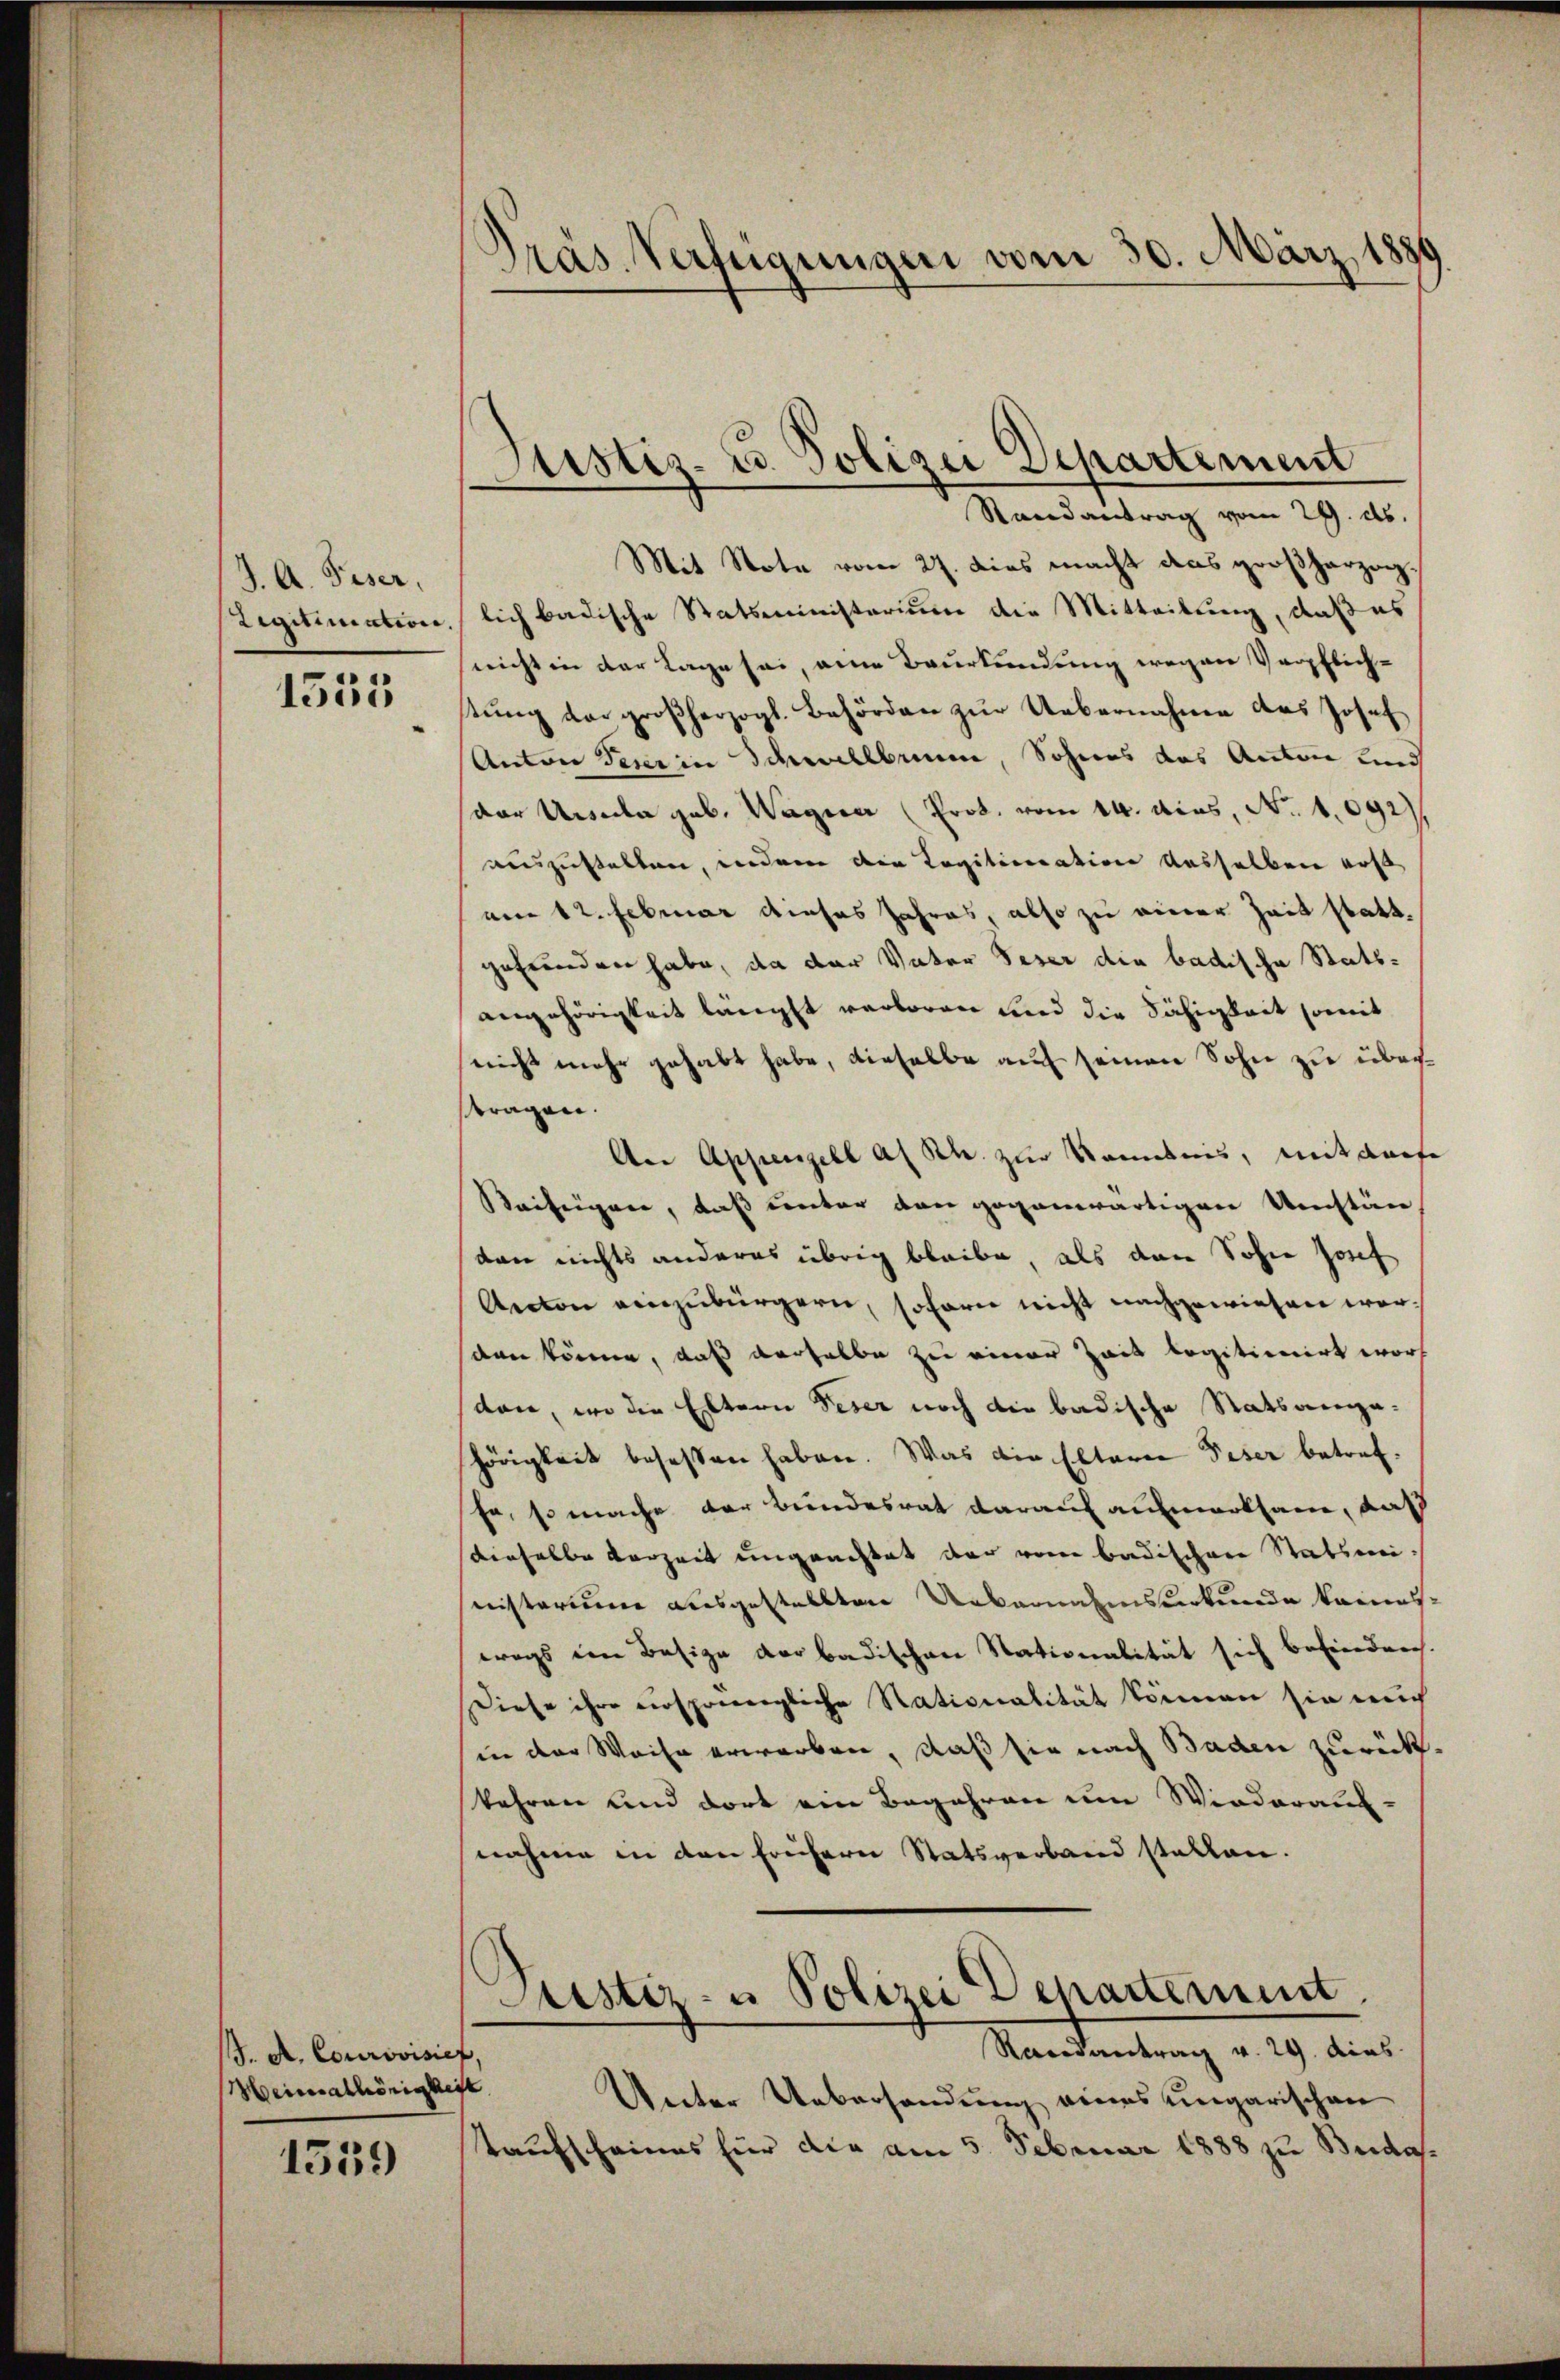
J. A. Piser,
Legitimation,

1553

J. A. Courovisief,
Heimathörigkeit

1559

Präs. Verfügungen vom 30. März 18

Justiz- u. Polizei Departement
Randantrag vom 29. ds.

Mit Note vom 27. dies macht das großherzoglich badische Statsministerium die Mitteilung, daß es
nicht in der Lage sei, eine Beurkundung wegen Verpflich-
tŭng der großherzogl. Behörden zur Uebernahme des Josef
Anton Feier in Schwellbrunn, Sohnes das Anton und
der Ursula geb. Wagener (Prok. vom 14. dies, No. 1092),
auszustalten, wedem die Kapitionation dasselben erst
am 12. Februar dieses Jahres, also zu einer Zeit stattgefrenden habe, da der Vater Deser die badische Statsangehörigkeit längst verboren und die Fähigkeit somit
nicht mehr gehabt habe, dieselbe auf seinen Sohn zu überftragen.
An Appenzell a. Rh. zur Namens, mit darfe
Beifügen, daß unter von gegenwärtigen Umstän
dan nichts anderes übrig bleibe, als dann Sohne Josef
Anton einzubürgern, sofern nicht nachgewiesen war.
den könne, daß derselbe zu einer Zeit legitionirt wor
dan, wo die Eltern Deser noch die badische Statsaengahörigkeit besessen haben. Was die Eltere Peser betrefhe, so mache der Bundesrat darauf aufmerksam, daß
denselbe Verzeit ungeachtet der von badischen Stabsmi¬
Quistorium ausgestellten Uebernahmsurkunde kannswegs im Besize der badischen Stationalität sich befinden.
Diese ihre ersponengliche Stationalität können sie mich
in der Weise erworben, daß sie nach Baden zurückkehren und dort ein Begehren um Wiederaus-
nahme in den frühern Statsverband stellen.
Justiz- u Polizei Departement
Randantrag v. 29. dies
Unter Uebersendung eines ungarischen
Kaufscheines für die am 5. Februar 1888 zu Buda¬